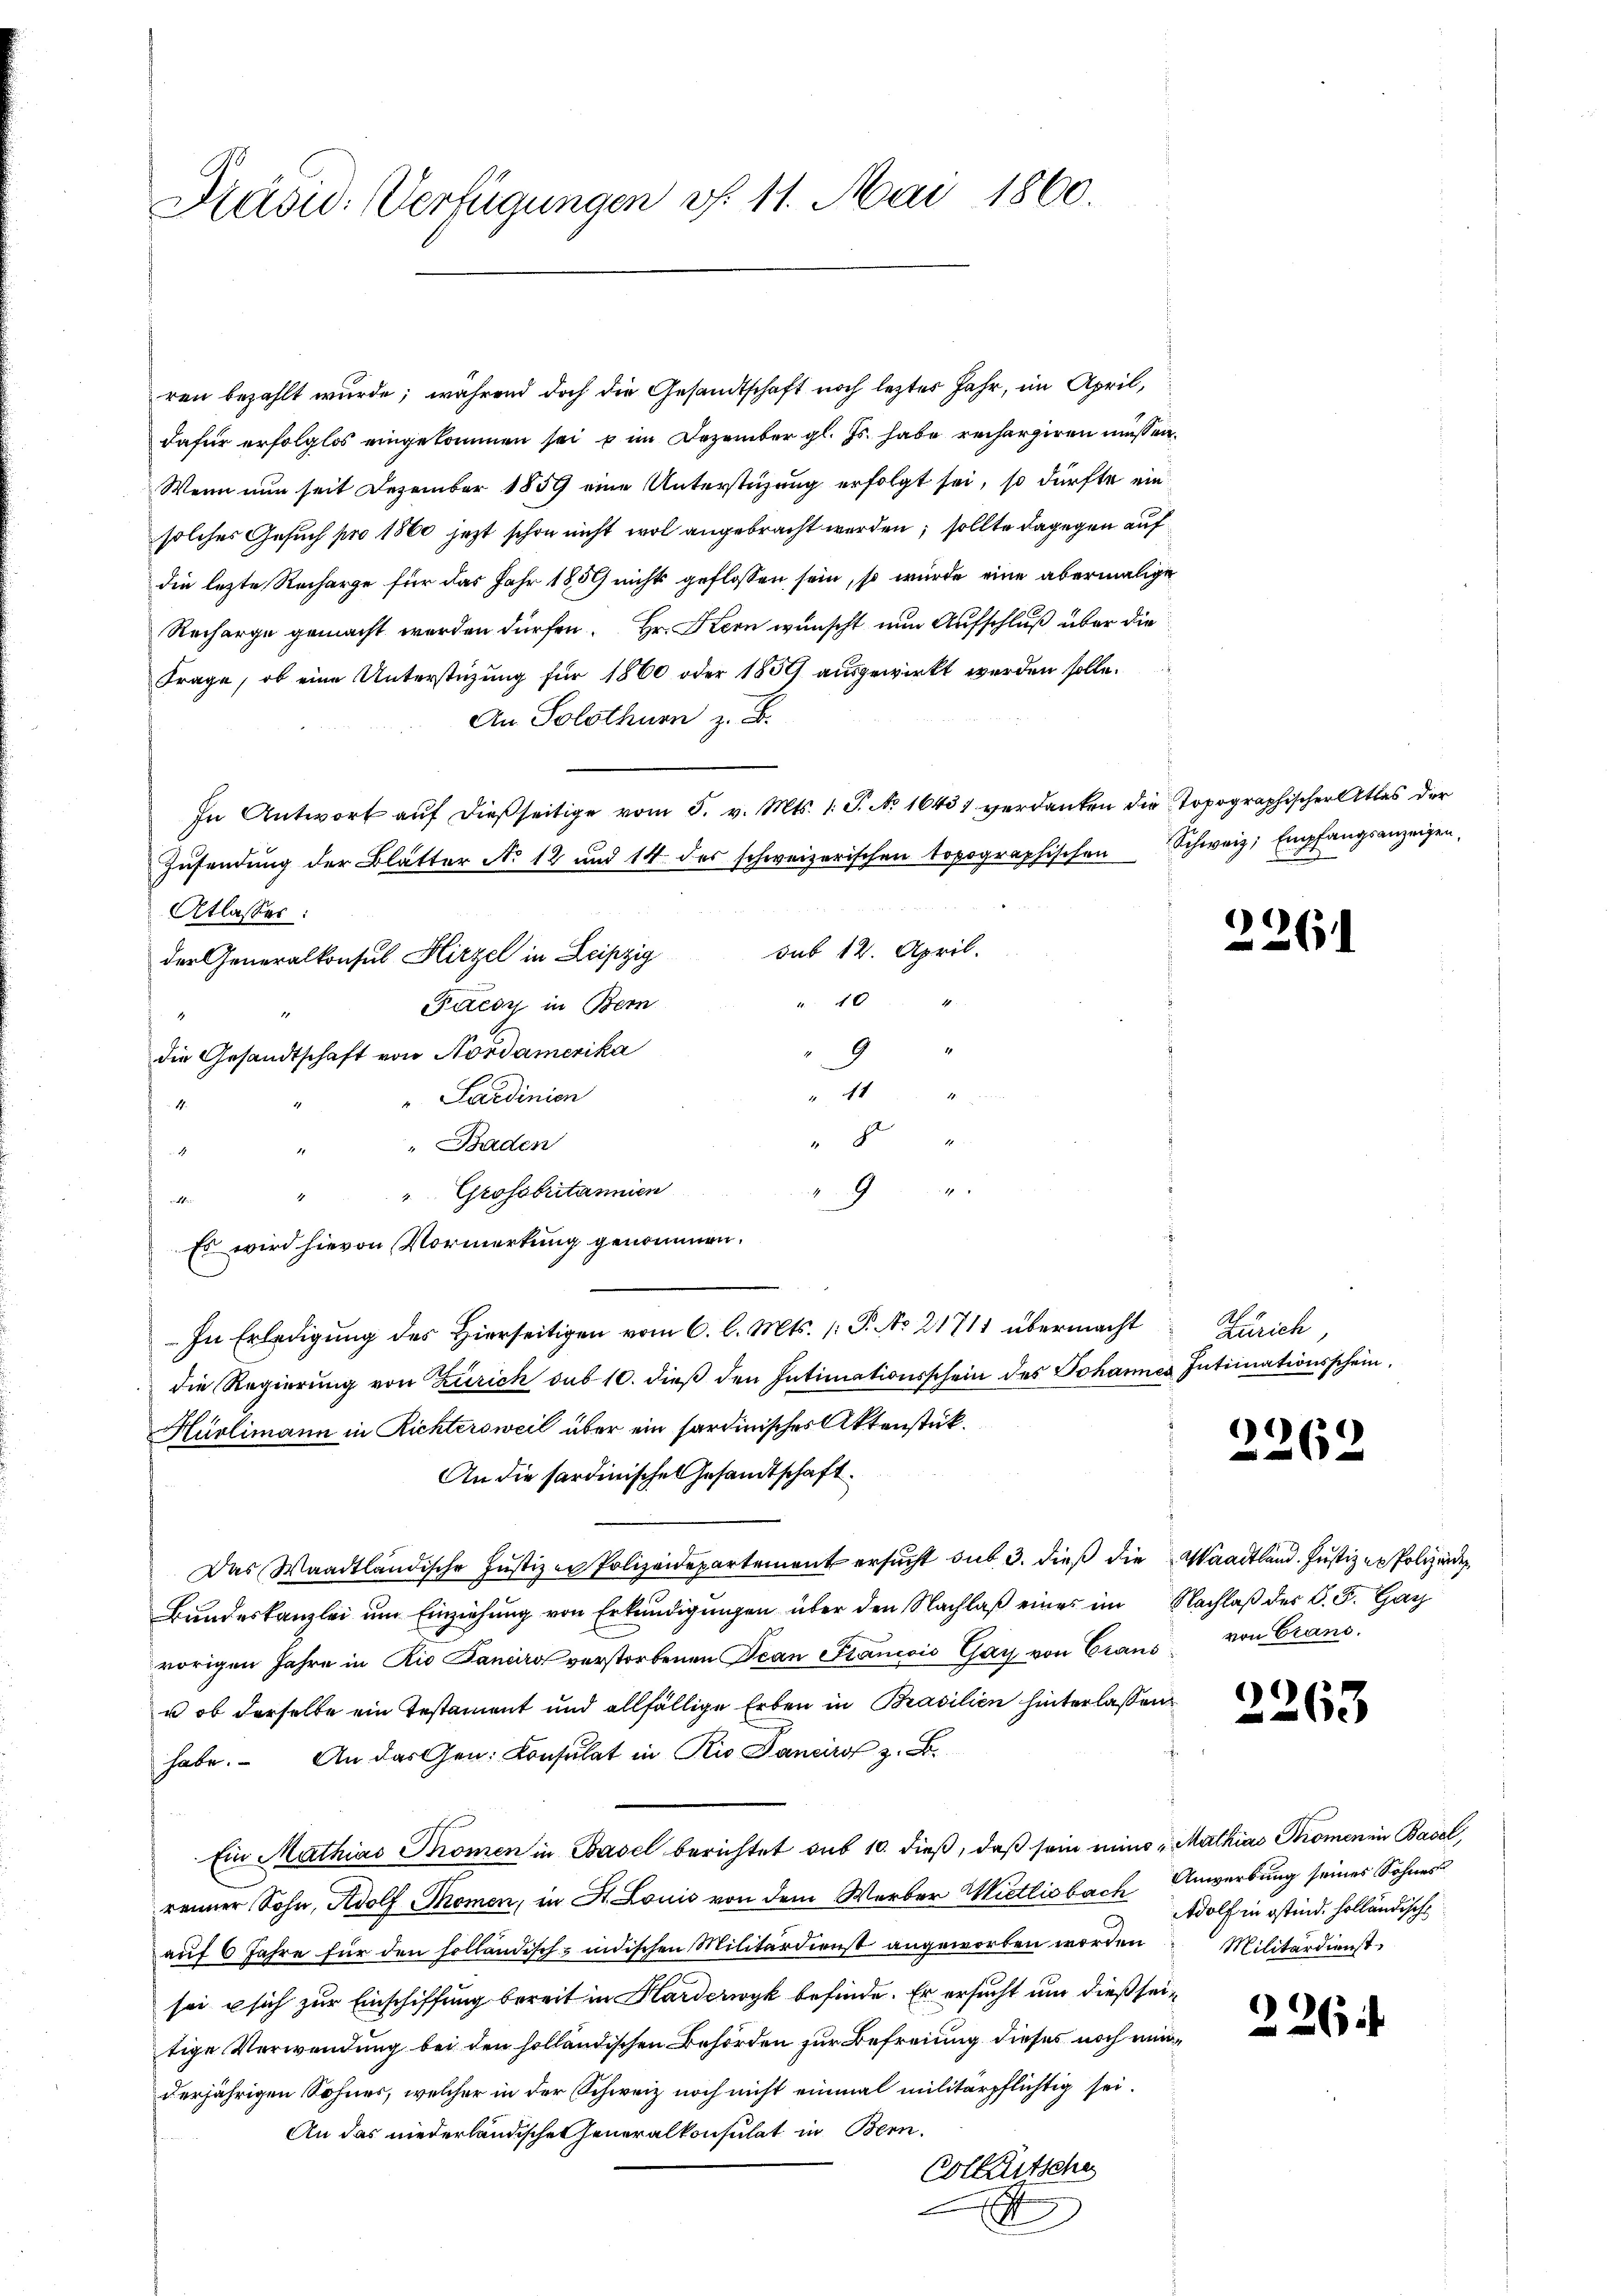
Dräsid. Verfügungen v. 11. Mai 1860.

ren bezahlt wurde; während doch die Gesandtschaft noch leztes Jahr, im April,
dafür erfolglos eingekommen sei u im Dezember gl. Js. habe rechargiren muß en¬
Wenn nun seit Dezember 1859 eine Unterstüzung erfolgt sei, so dürfte ein
solches Gesuch pro 1860 jezt schon nicht wol angebracht werden; sollte dagegen auf
die letzte Recharge für das Jahr 1859 nichts geflossen sein, so wurde eine abermalige
Recharge gemacht werden dürfen. Hr. Stern wünscht nun Aufschluß über die
Frage, ob eine Unterstüzung für 1860 oder 1830) ausgewirkt werden solle.
An Solothurn z. B.
In Antwort auf dießseitige vom 5. v. Mts. 1. P. No 16431 verdanken die Topographischer Attes der
Zŭsendŭng der Blätter No 12 und 14 des schweizerischen topographischen Schweiz. Empfangsanzeigen.
Atlasser:
sub 12. April.
der Generalkonsul Hirzel in Leipzig
4
u 40
Fuesy in Bern
.
d
die Gesandtschaft von Nordamerika
4t
" Sardinien
14.
8
" Baden
9
"Grossbritannien
.
u Sein
Es wird hievon Vormerkung genommen.
In Erledigung des Hierseitigen vom 6. l. Mts. (: P. No 21711 übermacht
die Regierŭng von Zürich sub 10. dieβ den Intimationsschein des Johannes Intimationsschein.
Hürlimann in Richtersweil über ein sardinisches Aktenstück.
An die sardinische Gesandtschaft
Das Waadtländische Justizen Polizeidepartement ersucht sub 3. dieß die Waadtland. Justizen Polizeider¬
Bŭndeskanzlei ŭm Einziehŭng von Erkŭndigŭngen über den Nachlaβ eines im Nachlaβ des C. F. Gay
vorigen Jahre in Rio Saniiro verstorbenen Jean Francois Gay von Craus von Crano.
u ob derselbe ein Testament und allfällige Erben in Brasilien hinterlassen
habe. An das Gen. Consulat in Rio Janeiro z. B.
Ein Mathias Promen in Basel berichtet sub 10. dieβ, daβ sein mino Mathias Promen in Basel,
renner Sohn, Adolf Momen, in St. Louis von dem Werber Mietlisbach Anwerbung seines Sohnes
auf 6 Jahre für den solländisch-indischen Militärdienst angeworben worden Militärdienstsei u sich zur Einschiffung bereit in Harderwyk befinde. Er ersucht um dieß seitige Verwendung bei den holländischen Behörden zur Befreiung dieses noch ein
derjährigen Sohnes, welcher in der Schweiz noch nicht einmal militärpflichtig sei.
An das niederländische Generalkonsulat in Bern.
Colletsche
A

2261

Rauch,

)
262

2263

Wolf in ostind. Holländische

226.